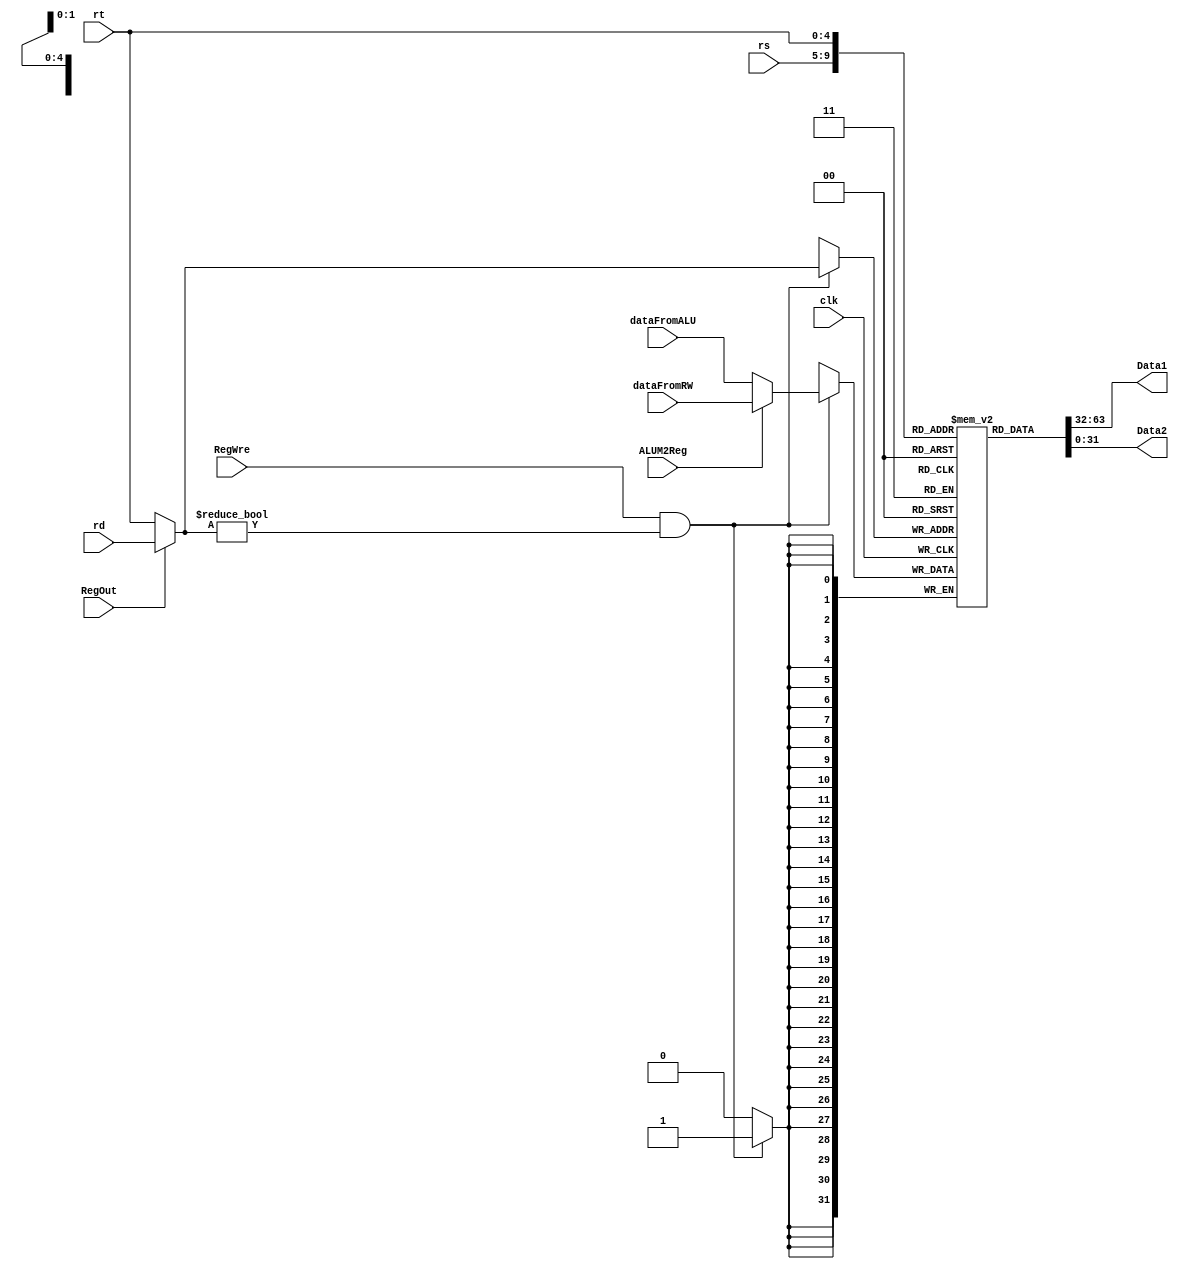
`timescale 1ns / 1ps
//////////////////////////////////////////////////////////////////////////////////
// Company: 
// Engineer: 
// 
// Design Name: 
// Module Name: registerFile
// Project Name: 
// Target Devices: 
// Tool Versions: 
// Description: 
// 
// Dependencies: 
// 
// Revision:
// Revision 0.01 - File Created
// Additional Comments:
// 
//////////////////////////////////////////////////////////////////////////////////


module registerFile(clk, RegWre, RegOut, rs, rt, rd, ALUM2Reg, dataFromALU, dataFromRW, Data1, Data2);  
    input clk, RegOut, RegWre, ALUM2Reg;  
     input [4:0] rs, rt, rd;  
     input [31:0] dataFromALU, dataFromRW;  
     output [31:0] Data1, Data2;  
       
     wire [4:0] writeReg;  
     wire [31:0] writeData;  
     assign writeReg = RegOut? rd : rt;  
     assign writeData = ALUM2Reg? dataFromRW : dataFromALU;  
       
     reg [31:0] register[0:31];  
     integer i;  
     initial begin  
         for (i = 0; i < 32; i = i+1) register[i] <= 0;  
     end  
       
     // output  
     assign Data1 = register[rs];  
     assign Data2 = register[rt];  
       
     // Write Reg  

     always@(negedge clk)
     begin
        // 0RegWre
        if (RegWre && writeReg != 0)  register[writeReg] = writeData;
     end

  
endmodule